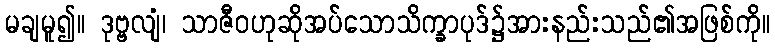
မချမူ၍။ ဒုဗ္ဗလျံ၊ သာဇီဝဟုဆိုအပ်သောသိက္ခာပုဒ်၌အားနည်းသည်၏အဖြစ်ကို။